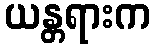
ယန္တရားက